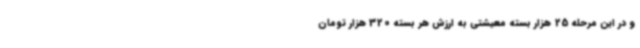
و در این مرحله 25 هزار بسته معیشتی به ارزش هر بسته 320 هزار تومان